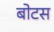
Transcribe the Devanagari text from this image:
बोटस